Indian journal of veterinary science and animal husbandry - Volume 6,
Year: 1936
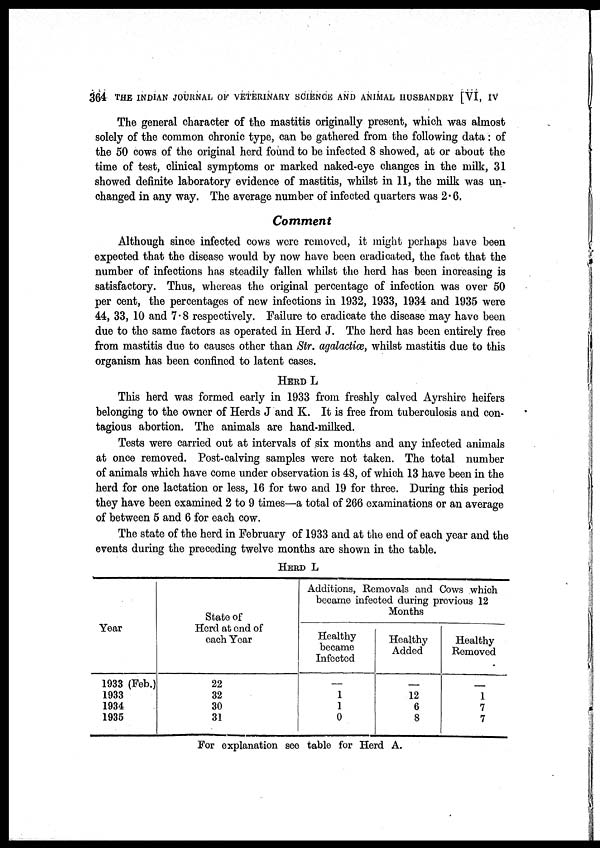
364 THE INDIAN JOURNAL OF VETERINARY SCIENCE AND ANIMAL HUSBANDRY [VI, IV
The general character of the mastitis originally present, which was almost
solely of the common chronic type, can be gathered from the following data : of
the 50 cows of the original herd found to be infected 8 showed, at or about the
time of test, clinical symptoms or marked naked-eye changes in the milk, 31
showed definite laboratory evidence of mastitis, whilst in 11, the milk was un-
changed in any way. The average number of infected quarters was 2.6.
Comment
Although since infected cows were removed, it might perhaps have been
expected that the disease would by now have been eradicated, the fact that the
number of infections has steadily fallen whilst the herd has been increasing is
satisfactory. Thus, whereas the original percentage of infection was over 50
per cent, the percentages of new infections in 1932, 1933, 1934 and 1935 were
44, 33, 10 and 7.8 respectively. Failure to eradicate the disease may have been
due to the same factors as operated in Herd J. The herd has been entirely free
from mastitis due to causes other than Str. agalactiæ, whilst mastitis due to this
organism has been confined to latent cases.
HERD L
This herd was formed early in 1933 from freshly calved Ayrshire heifers
belonging to the owner of Herds J and K. It is free from tuberculosis and con-
tagious abortion. The animals are hand-milked.
Tests were carried out at intervals of six months and any infected animals
at once removed. Post-calving samples were not taken. The total number
of animals which have come under observation is 48, of which 13 have been in the
herd for one lactation or less, 16 for two and 19 for three. During this period
they have been examined 2 to 9 times—a total of 266 examinations or an average
of between 5 and 6 for each cow.
The state of the herd in February of 1933 and at the end of each year and the
events during the preceding twelve months are shown in the table.
HERD L
Year
1933 (Feb.)
1933
1934
1935
State of
Herd at end of
each Year
22
32
30
31
Additions, Removals and Cows which
became infected during previous 12
Months
Healthy
became
Infected
—
1
1
0
Healthy
Added
—
12
6
8
Healthy
Removed
—
1
7
7
For explanation see table for Herd A.